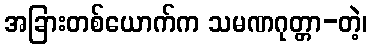
အခြားတစ်ယောက်က သမဏဂုတ္တာ-တဲ့၊